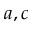
a , c